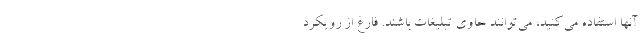
آنها استفاده می‌کنید، می‌توانند حاوی تبلیغات باشند. فارغ از رویکرد